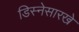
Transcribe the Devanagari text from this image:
डिस्नेसारखे